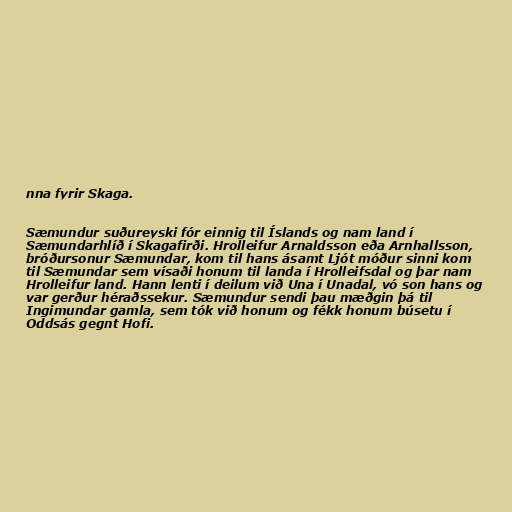
nna fyrir Skaga.

Sæmundur suðureyski fór einnig til Íslands og nam land í
Sæmundarhlíð í Skagafirði. Hrolleifur Arnaldsson eða Arnhallsson,
bróðursonur Sæmundar, kom til hans ásamt Ljót móður sinni kom
til Sæmundar sem vísaði honum til landa í Hrolleifsdal og þar nam
Hrolleifur land. Hann lenti í deilum við Una í Unadal, vó son hans og
var gerður héraðssekur. Sæmundur sendi þau mæðgin þá til
Ingimundar gamla, sem tók við honum og fékk honum búsetu í
Oddsás gegnt Hofi.